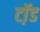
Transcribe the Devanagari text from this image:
टॉ़ड